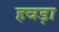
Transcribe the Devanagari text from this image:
हवड़ा